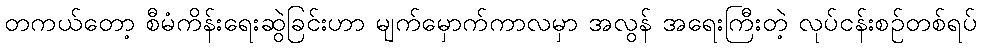
တကယ်တော့ စီမံကိန်းရေးဆွဲခြင်းဟာ မျက်မှောက်ကာလမှာ အလွန် အရေးကြီးတဲ့ လုပ်ငန်းစဉ်တစ်ရပ်